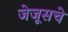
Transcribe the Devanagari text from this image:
जेजूसचे